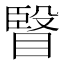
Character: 𭿐